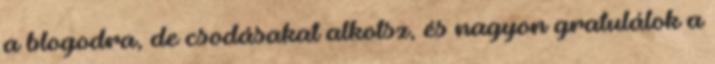
a blogodra, de csodásakat alkotsz, és nagyon gratulálok a